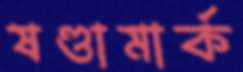
ষণ্ডামার্ক